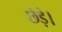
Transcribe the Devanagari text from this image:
छेड़े।